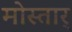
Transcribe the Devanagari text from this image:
मोस्तार्